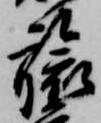
旅